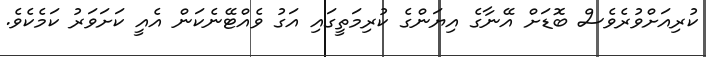
ކުރިއަށްވުރެވެސް ބޮޑަށް އޭނާގެ އިޔަންގެ ކުރިމަތީގައި އަގު ވެއްޓޭނެކަން އެއީ ކަށަވަރު ކަމެކެވެ.